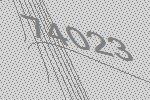
74023